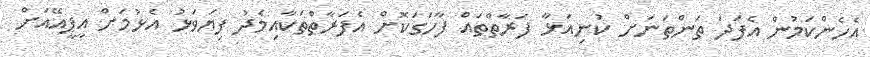
އެހެންކަމުން އެފަދަ ތަންތަނަށް ކުނިއަޅާ ފަރާތްތައް ފާހަގަކޮށް އެފަރާތްތަކާއިމެދު ފިޔަވަޅު އެޅުމަށް އީޕީއޭއަށް